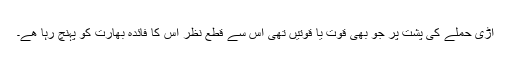
اڑی حملے کی پشت پر جو بھی قوت یا قوتیں تھی اس سے قطع نظر اس کا فائدہ بھارت کو پہنچ رہا ھے۔